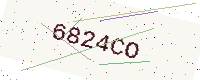
Text: 6824CO